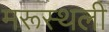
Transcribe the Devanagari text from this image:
मरूस्थली